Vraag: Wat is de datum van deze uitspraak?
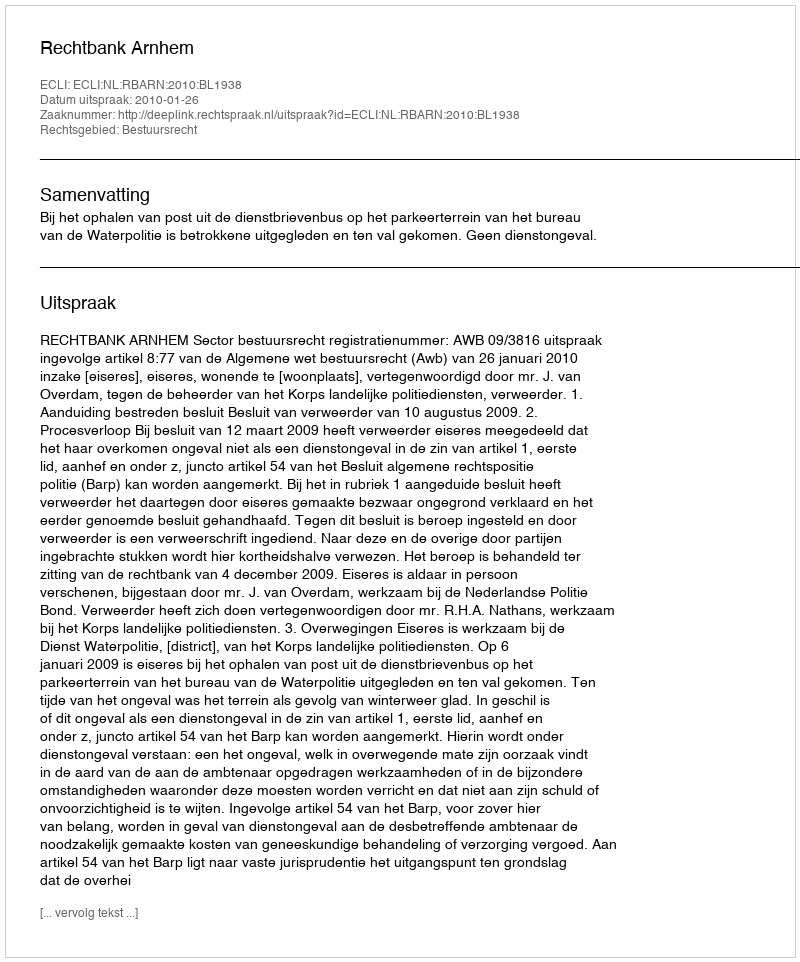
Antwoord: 2010-01-26